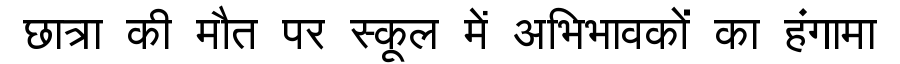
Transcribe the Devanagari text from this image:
छात्रा की मौत पर स्कूल में अभिभावकों का हंगामा